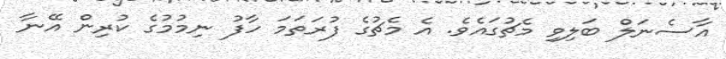
އާސެނަލް ބަލިވި މެޗުގައެވެ. އެ މެޗުގެ ފުރަތަމަ ހާފު ނިމުމުގެ ކުރިން އޭނާ